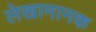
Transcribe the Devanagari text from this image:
लेखामानक